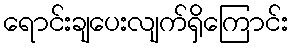
ရောင်းချပေးလျက်ရှိကြောင်း